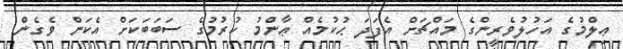
ޢިލްމުގެ އަހުލުވެރީންގެ މައްޗަށް އެފަދަ ޙުކުމެއް ޢާންމު ކުރުމުގެ ސަބަބަކަށް އެކަން ވެގެން